Sleeping sickness
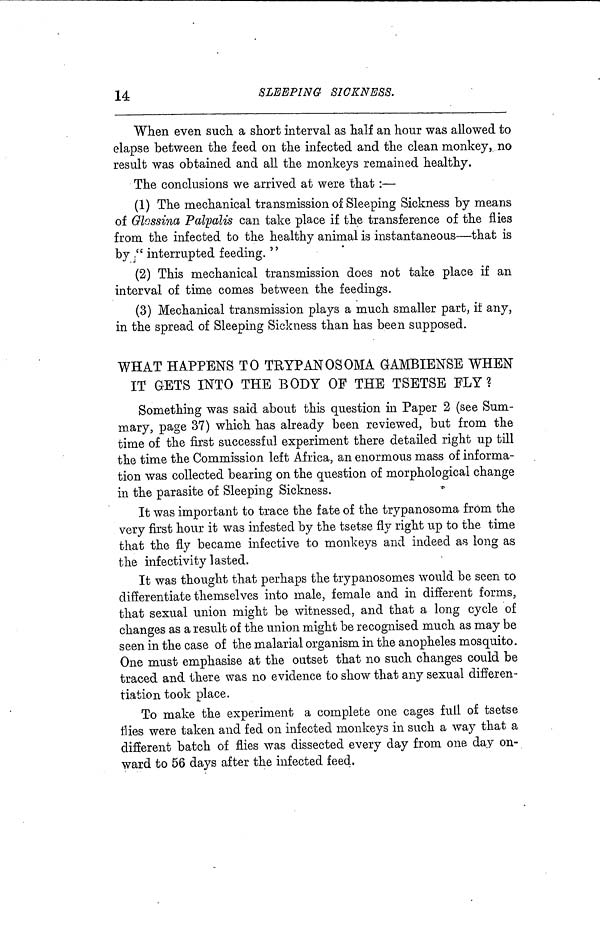
14
SLEEPING
SICKNESS.
When even such a short interval as half an hour was allowed to
elapse between the feed on the infected and the clean monkey, no
result was obtained and all the monkeys remained healthy.
The conclusions we arrived at were that :—
(1) The mechanical transmission of Sleeping Sickness by means
of Glossina Palpalis can take place if the transference of the flies
from the infected to the healthy animal is instantaneous—that is
by " interrupted feeding. "
(2) This mechanical transmission does not take place if an
interval of time comes between the feedings.
(3) Mechanical transmission plays a much smaller part, if any,
in the spread of Sleeping Sickness than has been supposed.
WHAT HAPPENS TO TEYPANOSOMA GAMBIENSB WHEN
IT GETS INTO THE BODY OF THE TSETSE ELY?
Something was said about this question in Paper 2 (see Sum-
mary, page 37) which has already been reviewed, but from the
time of the first successful experiment there detailed right up till
the time the Commission left Africa, an enormous mass of informa-
tion was collected bearing on the question of morphological change
in the parasite of Sleeping Sickness.
It was important to trace the fate of the trypanosoma from the
very first hour it was infested by the tsetse fly right up to the time
that the fly became infective to monkeys and indeed as long as
the infectivity lasted.
It was thought that perhaps the trypanosomes would be seen to
differentiate themselves into male, female and in different forms,
that sexual union might be witnessed, and that a long cycle of
changes as a result of the union might be recognised much as may be
seen in the case of the malarial organism in the anopheles mosquito.
One must emphasise at the outset that no such changes could be
traced and there was no evidence to show that any sexual differen-
tiation took place.
To make the experiment a complete one cages full of tsetse
flies were taken and fed on infected monkeys in such a way that a
different batch of flies was dissected every day from one day on-
ward to 56 days after the infected feed.